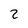
Character: 2